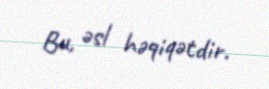
Bu, əsl həqiqətdir.